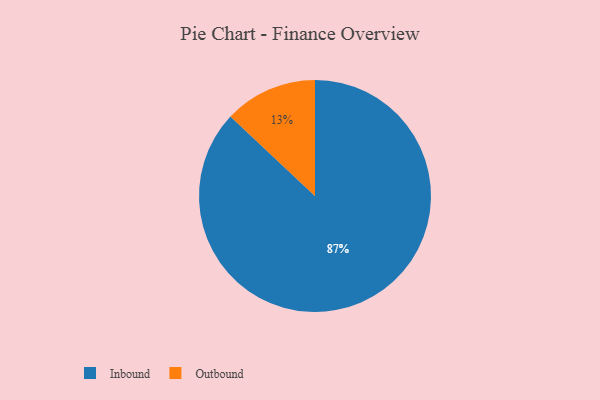
{"axis": {"x": "Category", "y": "Percentage"}, "legend": ["Inbound", "Outbound"], "data": [{"x": "Inbound", "y": 87, "type": "Inbound"}, {"x": "Outbound", "y": 13, "type": "Outbound"}]}